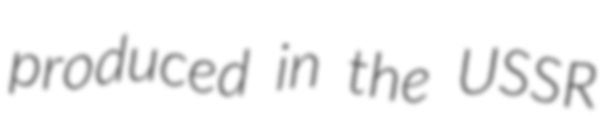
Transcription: produced in the USSR